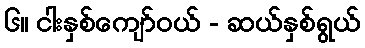
၆။ ငါးနှစ်ကျော်ဝယ် - ဆယ်နှစ်ရွယ်